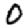
Digit: 0